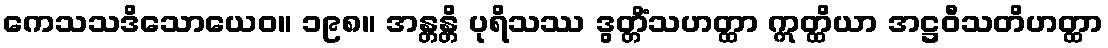
ကေသသဒိသောယေဝ။ ၁၉၈။ အန္တန္တိ ပုရိသဿ ဒွတ္တိံသဟတ္ထာ ဣတ္ထိယာ အဋ္ဌဝီသတိဟတ္ထာ